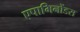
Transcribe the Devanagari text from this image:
एपामिनोंडस